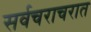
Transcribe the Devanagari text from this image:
सर्वचराचरात